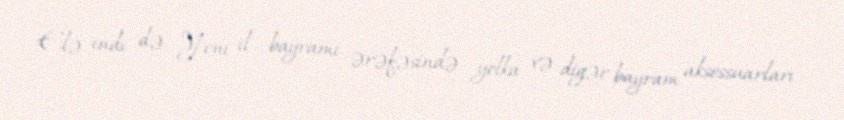
Elə indi də Yeni il bayramı ərəfəsində yolka və digər bayram aksessuarları